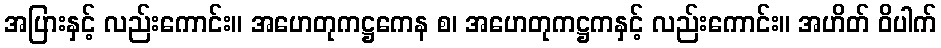
အပြားနှင့် လည်းကောင်း။ အဟေတုကဋ္ဌကေန စ၊ အဟေတုကဋ္ဌကနှင့် လည်းကောင်း။ အဟိတ် ဝိပါက်